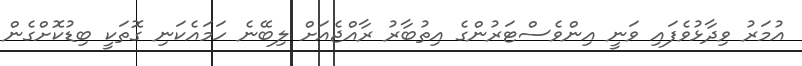
އުމަރު ވިދާޅުވެފައި ވަނީ އިންވެސްޓަރުންގެ އިތުބާރު ރާއްޖެއަށް ލިބޭނެ ހަމައެކަނި ގޮތަކީ ބިޑުކޮށްގެން